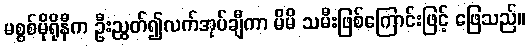
မစ္စစ်မိုရိုနီက ဦးညွတ်၍လက်အုပ်ချီကာ မိမိ သမီးဖြစ်ကြောင်းဖြင့် ဖြေသည်။